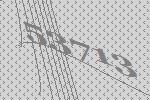
53713